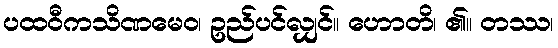
ပထဝီကသိဏမေဝ၊ ဥည်ပင်လျှင်။ ဟောတိ၊ ၏။ တဿ၊